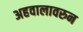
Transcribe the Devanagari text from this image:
अहवालावरुन